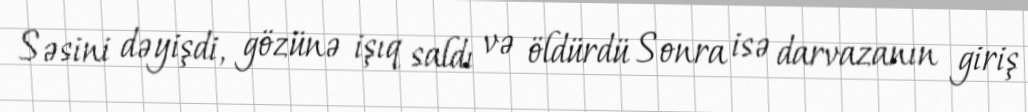
Səsini dəyişdi, gözünə işıq saldı və öldürdü Sonra isə darvazanın giriş